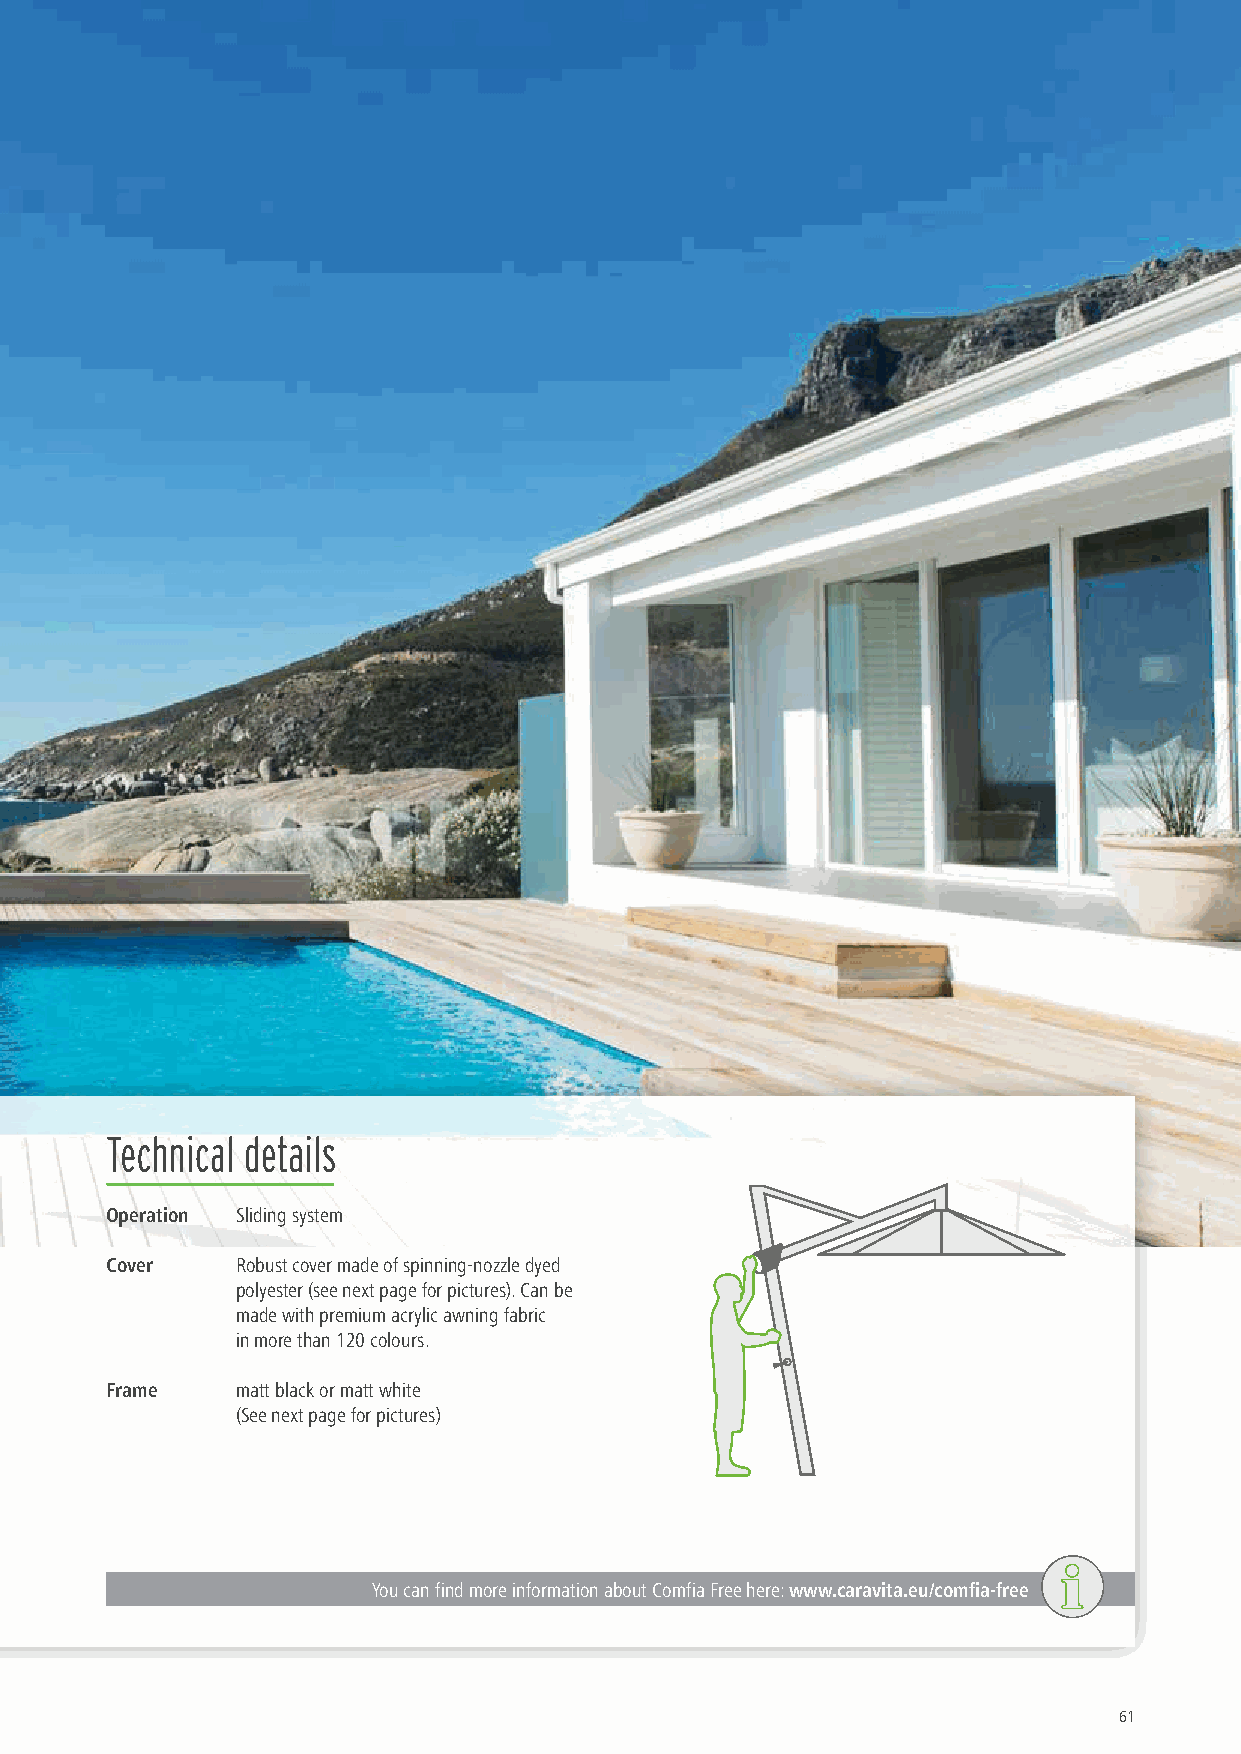
Technical details
 Operation Sliding system
 Cover    Robust cover made of spinning-nozzle dyed
 polyester (see next page for pictures). Can be
 made with premium acrylic awning fabric
 in more than 120 colours.
 Frame    matt black or matt white
 (See next page for pictures)
 You can find more information about Comfia Free here: www.caravita.eu/comfia-free
 61